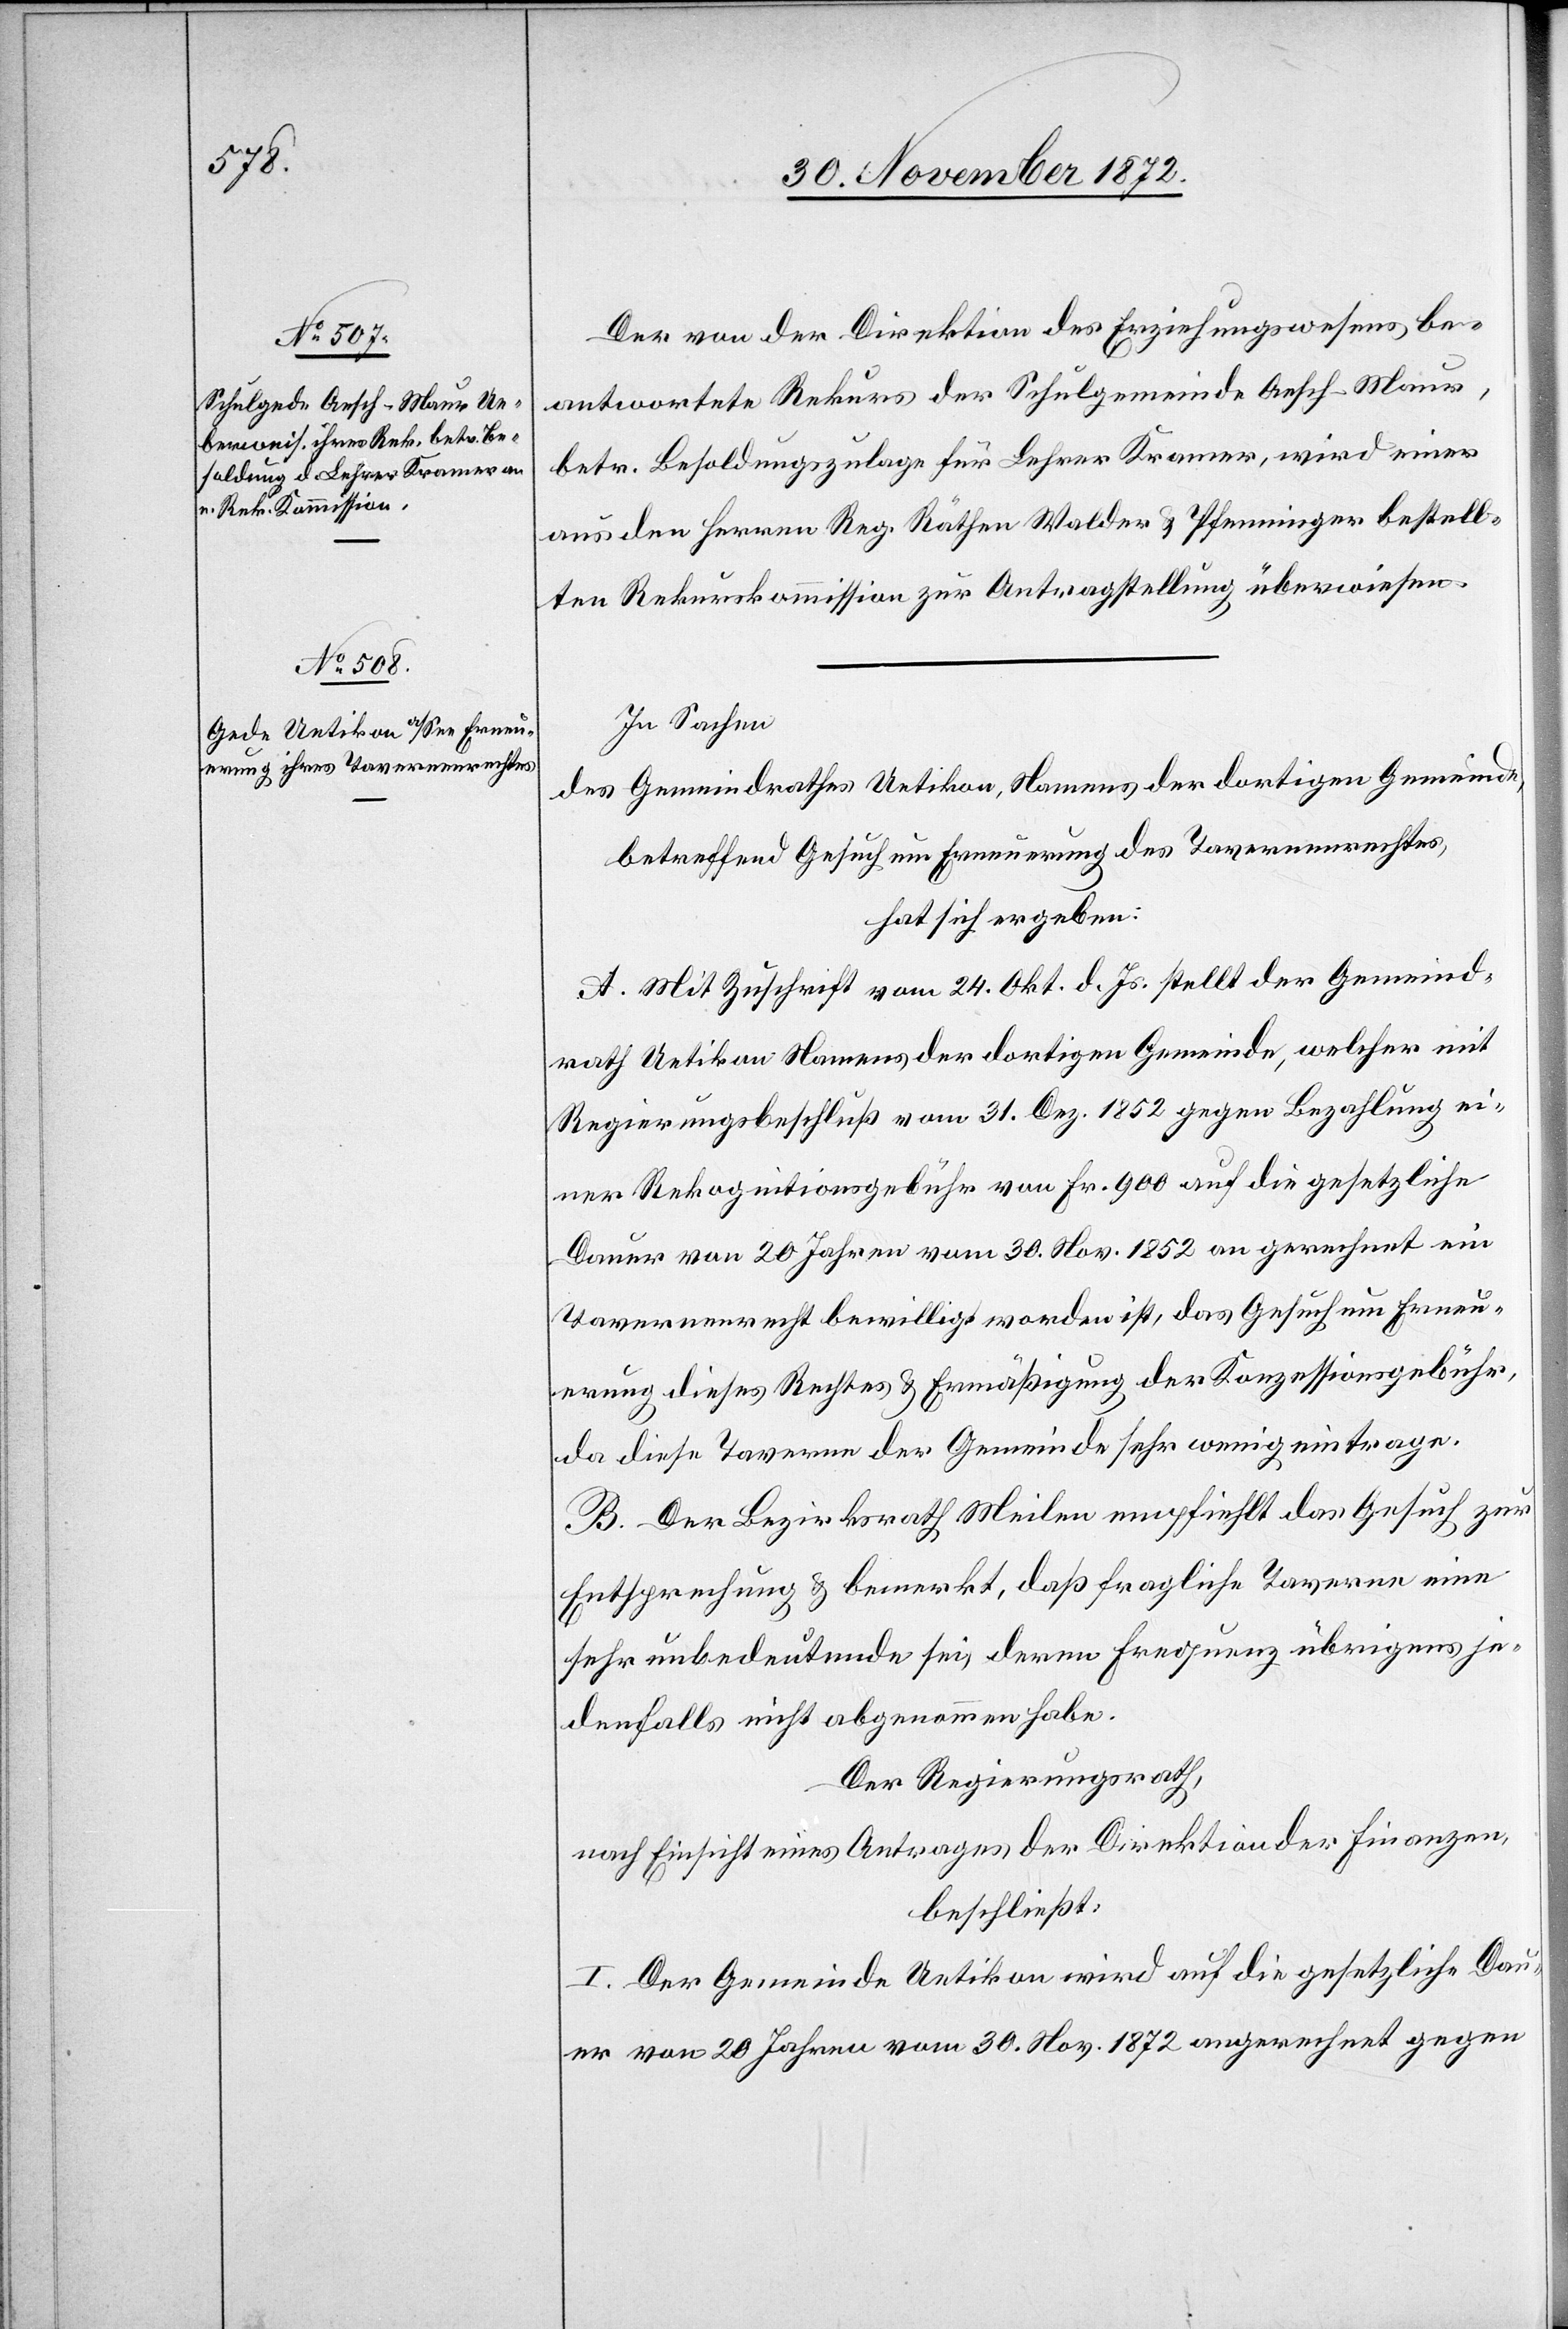
Der von der Direktion des Erziehungswesens be¬
antwortete Rekurs der Schulgemeinde Aesch-Maur,
betr. Besoldungszulage für Lehrer Kramer, wird einer
aus den Herren Reg. Räthen Walder u. Pfenninger bestell¬
ten Rekurskommission zur Antragstellung überwiesen.
In Sachen
des Gemeindrathes Uetikon, Namens der dortigen Gemeinde,
betreffend Gesuch um Erneuerung des Tavernenrechtes,
hat sich ergeben:
A. Mit Zuschrift vom 24. Okt. d. Js. stellt der Gemeind¬
rath Uetikon Namens der dortigen Gemeinde, welcher mit
Regierungsbeschluß vom 31. Dez. 1852 gegen Bezahlung ei¬
ner Rekognitionsgebühr von Fr. 900 auf die gesetzliche
Dauer von 20 Jahren vom 30. Nov. 1852 an gerechnet ein
Tavernenrecht bewilligt worden ist, das Gesuch um Erneu¬
erung dieses Rechtes u. Ermäßigung der Konzessionsgebühr,
da diese Taverne der Gemeinde sehr wenig eintrage.
B. Der Bezirksrath Meilen empfiehlt das Gesuch zur
Entsprechung u. bemerkt, daß fragliche Taverne eine
sehr unbedeutende sei, deren Frequenz übrigens je¬
denfalls nicht abgenommen habe.
Der Regierungsrath,
nach Einsicht eines Antrages der Direktion der Finanzen,
beschließt:
I. Der Gemeinde Uetikon wird auf die gesetzliche Dau¬
er von 20 Jahren vom 30. Nov. 1872 angerechnet gegen